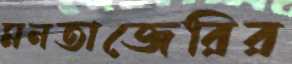
মনতাজেরির